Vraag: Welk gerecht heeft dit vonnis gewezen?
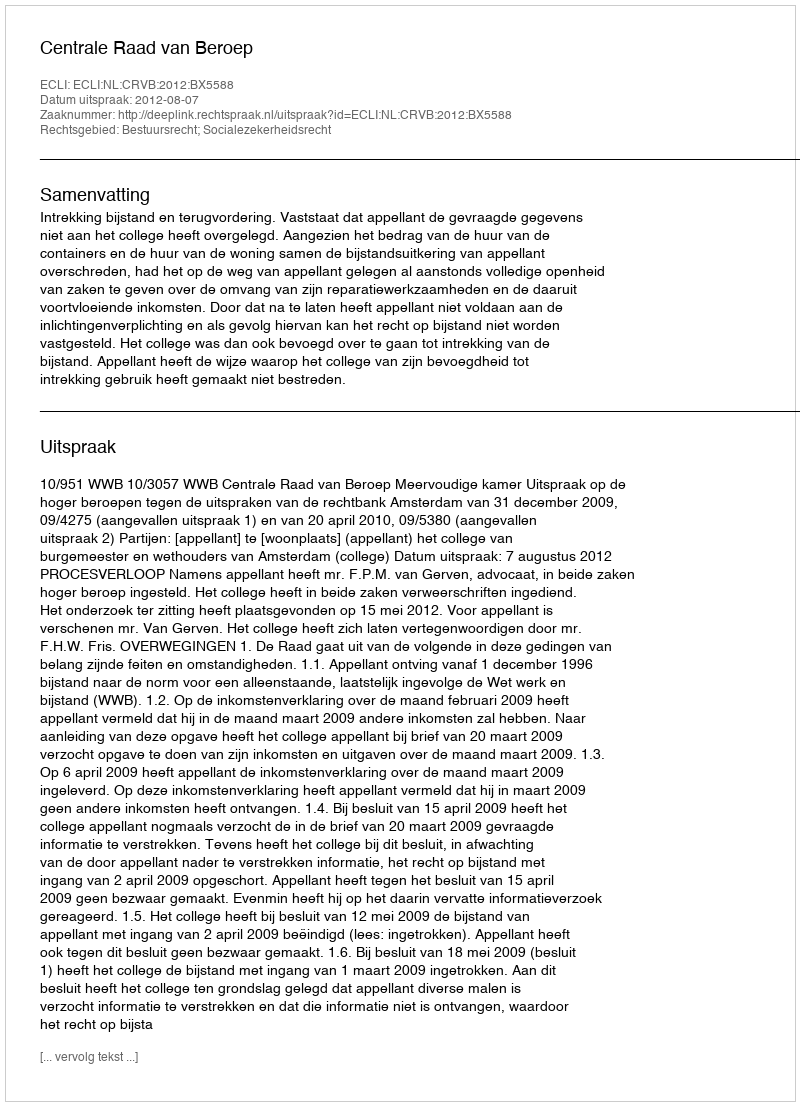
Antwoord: Centrale Raad van Beroep